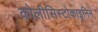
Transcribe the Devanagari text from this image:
कोलीसिस्टोकाइनिन